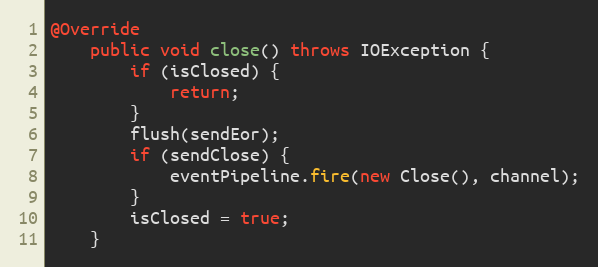
Language: Java
@Override
    public void close() throws IOException {
        if (isClosed) {
            return;
        }
        flush(sendEor);
        if (sendClose) {
            eventPipeline.fire(new Close(), channel);
        }
        isClosed = true;
    }